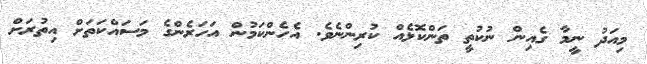
މިއަދު ނީމާ ގެއިން ނުކުތީ ތަންކޮޅެއް ކުރިންނެވެ. އެހެންކަމުން އަހަރެންގެ މަސައްކަތަށް އިތުރަށް